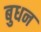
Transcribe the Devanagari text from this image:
बुधन